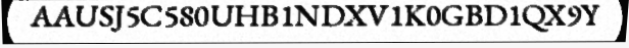
AAUSJ5C580UHB1NDXV1K0GBD1QX9Y